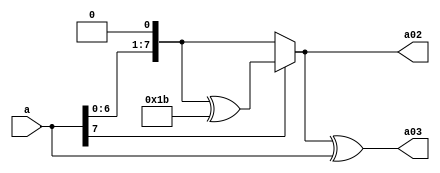
module byte0203(a,a02,a03);

output[7:0] a02,a03;
input[7:0] a;

wire [7:0] b,c;

assign b={a[6:0],1'b0};
assign c=b^{8'h1b};
assign a02=(a[7]==0)? b:c;
assign a03=a02^a;

endmodule